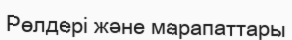
Рөлдері және марапаттары